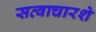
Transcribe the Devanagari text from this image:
सव्वाचारशे